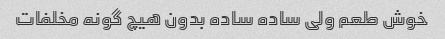
خوش طعم ولی ساده ساده بدون هیچ گونه مخلفات